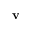
\mathbf { v }